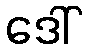
ဒေါ်